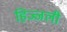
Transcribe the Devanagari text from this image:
हिज्जली